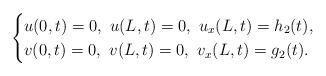
LaTeX: \begin{align*}\begin{cases}u(0,t)=0,\,\,u(L,t)=0,\,\,u_{x}(L,t)=h_2(t),\\v(0,t)=0,\,\,v(L,t)=0,\,\,v_{x}(L,t)=g_2(t).\end{cases}\end{align*}